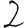
Digit: 2